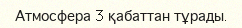
Атмосфера 3 қабаттан тұрады.